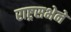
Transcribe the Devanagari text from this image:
राष्ट्रसभेने